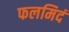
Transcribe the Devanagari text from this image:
फलमिदं